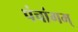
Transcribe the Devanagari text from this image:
पंचांगम्